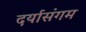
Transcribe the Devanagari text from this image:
दर्यासंगम